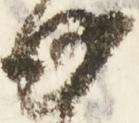
如